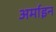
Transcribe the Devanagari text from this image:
अर्माइन